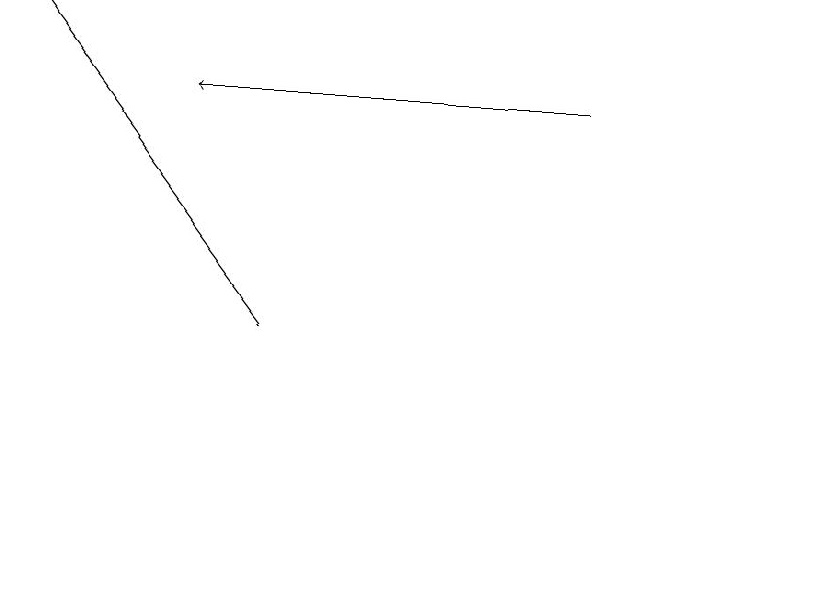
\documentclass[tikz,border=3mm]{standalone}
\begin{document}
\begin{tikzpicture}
\draw[->] (8,18) -- (3,18);
\draw (11,12) circle (0);
\draw[->] (4,15) -- (1,19);
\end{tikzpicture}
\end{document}